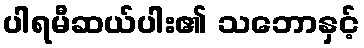
ပါရမီဆယ်ပါး၏ သဘောနှင့်